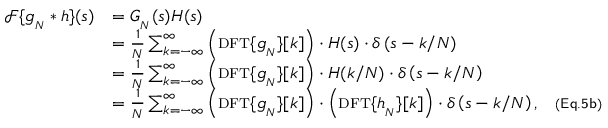
{ \begin{array} { r l } { { \mathcal { F } } \{ g _ { _ { N } } * h \} ( s ) } & { = G _ { _ { N } } ( s ) H ( s ) } \\ & { = { \frac { 1 } { N } } \sum _ { k = - \infty } ^ { \infty } \left( { \scriptstyle \mathrm { { D F T } } } \{ g _ { _ { N } } \} [ k ] \right) \cdot H ( s ) \cdot \delta \left( s - k / N \right) } \\ & { = { \frac { 1 } { N } } \sum _ { k = - \infty } ^ { \infty } \left( { \scriptstyle \mathrm { { D F T } } } \{ g _ { _ { N } } \} [ k ] \right) \cdot H ( k / N ) \cdot \delta \left( s - k / N \right) } \\ & { = { \frac { 1 } { N } } \sum _ { k = - \infty } ^ { \infty } \left( { \scriptstyle \mathrm { { D F T } } } \{ g _ { _ { N } } \} [ k ] \right) \cdot \left( { \scriptstyle \mathrm { { D F T } } } \{ h _ { _ { N } } \} [ k ] \right) \cdot \delta \left( s - k / N \right) , \quad \scriptstyle { \mathsf { ( E q . 5 b ) } } } \end{array} }